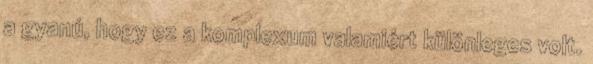
a gyanú, hogy ez a komplexum valamiért különleges volt.